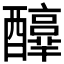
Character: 𨣳